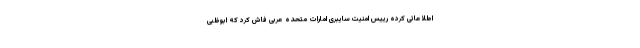
اطلاعاتی کرده رییس امنیت سایبری امارات متحده عربی فاش کرد که ابوظبی